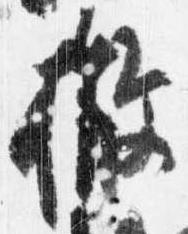
撤